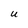
Character: U